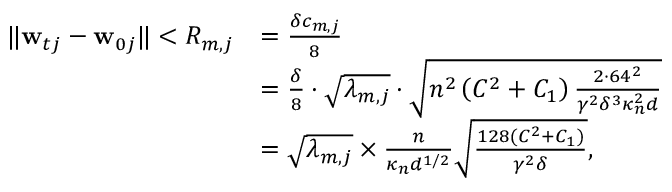
\begin{array} { r l } { \| \mathbf { w } _ { t j } - \mathbf { w } _ { 0 j } \| < R _ { m , j } } & { = \frac { \delta c _ { m , j } } { 8 } } \\ & { = \frac { \delta } { 8 } \cdot \sqrt { \lambda _ { m , j } } \cdot \sqrt { n ^ { 2 } \left( C ^ { 2 } + C _ { 1 } \right) \frac { 2 \cdot 6 4 ^ { 2 } } { \gamma ^ { 2 } \delta ^ { 3 } \kappa _ { n } ^ { 2 } d } } } \\ & { = \sqrt { \lambda _ { m , j } } \times \frac { n } { \kappa _ { n } d ^ { 1 / 2 } } \sqrt { \frac { 1 2 8 ( C ^ { 2 } + C _ { 1 } ) } { \gamma ^ { 2 } \delta } } , } \end{array}